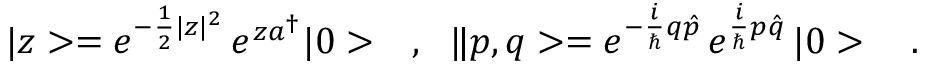
| z > = e ^ { - \frac { 1 } { 2 } | z | ^ { 2 } } \, e ^ { z a ^ { \dagger } } | 0 > \ \ \ , \ \ \| p , q > = e ^ { - \frac { i } { \hbar } q \hat { p } } \, e ^ { \frac { i } { \hbar } p \hat { q } } \, | 0 > \ \ \ .